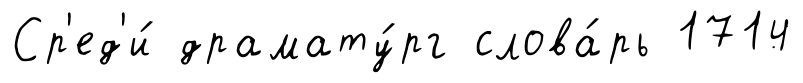
Ср'ед'и́ драмату́рг слова́рь 1714